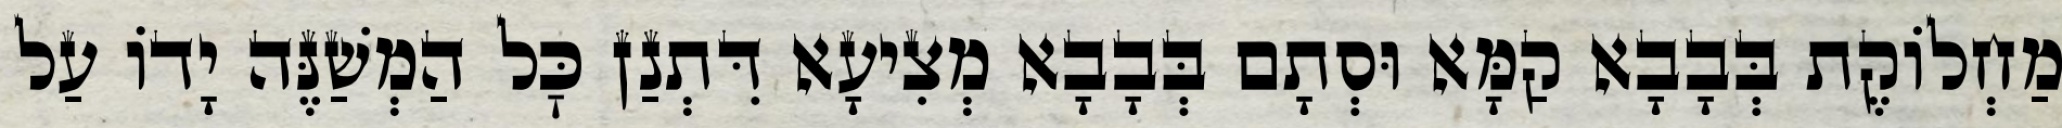
מַחְלוֹקֶת בְּבָבָא קַמָּא וּסְתָם בְּבָבָא מְצִיעָא דִּתְנַן כׇּל הַמְשַׁנֶּה יָדוֹ עַל